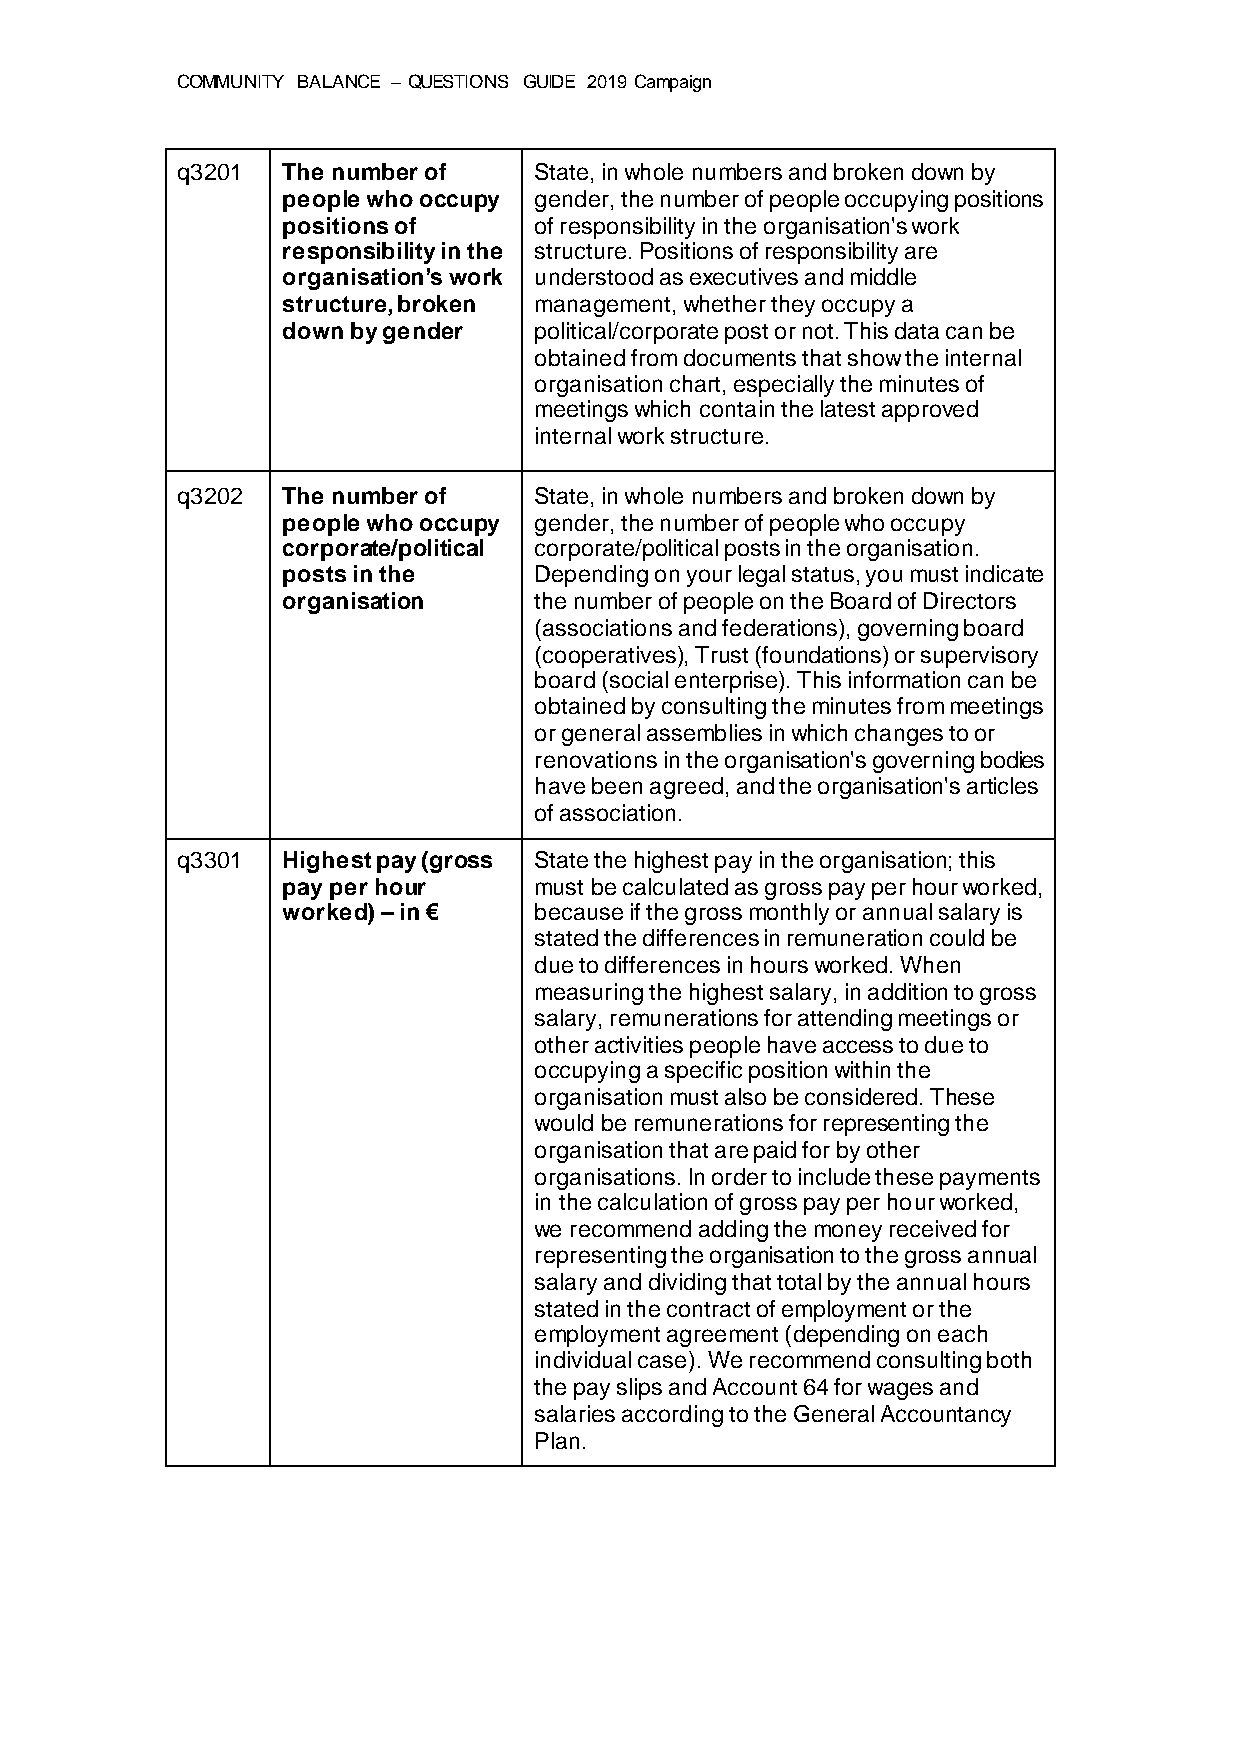
COMMUNITY BALANCE – QUESTIONS GUIDE 2019 Campaign
 q3201  The number of   State, in whole numbers and broken down by
 people who occupy gender, the number of people occupying positions
 positions of    of responsibility in the organisation's work
 responsibility in the structure. Positions of responsibility are
 organisation’s work understood as executives and middle
 structure, broken management, whether they occupy a
 down by gender  political/corporate post or not. This data can be
 obtained from documents that show the internal
 organisation chart, especially the minutes of
 meetings which contain the latest approved
 internal work structure.
 q3202  The number of   State, in whole numbers and broken down by
 people who occupy gender, the number of people who occupy
 corporate/political corporate/political posts in the organisation.
 posts in the    Depending on your legal status, you must indicate
 organisation    the number of people on the Board of Directors
 (associations and federations), governing board
 (cooperatives), Trust (foundations) or supervisory
 board (social enterprise). This information can be
 obtained by consulting the minutes from meetings
 or general assemblies in which changes to or
 renovations in the organisation's governing bodies
 have been agreed, and the organisation's articles
 of association.
 q3301  Highest pay (gross State the highest pay in the organisation; this
 pay per hour    must be calculated as gross pay per hour worked,
 worked) – in €  because if the gross monthly or annual salary is
 stated the differences in remuneration could be
 due to differences in hours worked. When
 measuring the highest salary, in addition to gross
 salary, remunerations for attending meetings or
 other activities people have access to due to
 occupying a specific position within the
 organisation must also be considered. These
 would be remunerations for representing the
 organisation that are paid for by other
 organisations. In order to include these payments
 in the calculation of gross pay per hour worked,
 we recommend adding the money received for
 representing the organisation to the gross annual
 salary and dividing that total by the annual hours
 stated in the contract of employment or the
 employment agreement (depending on each
 individual case). We recommend consulting both
 the pay slips and Account 64 for wages and
 salaries according to the General Accountancy
 Plan.